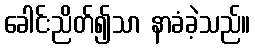
ခေါင်းညိတ်၍သာ နာခံခဲ့သည်။